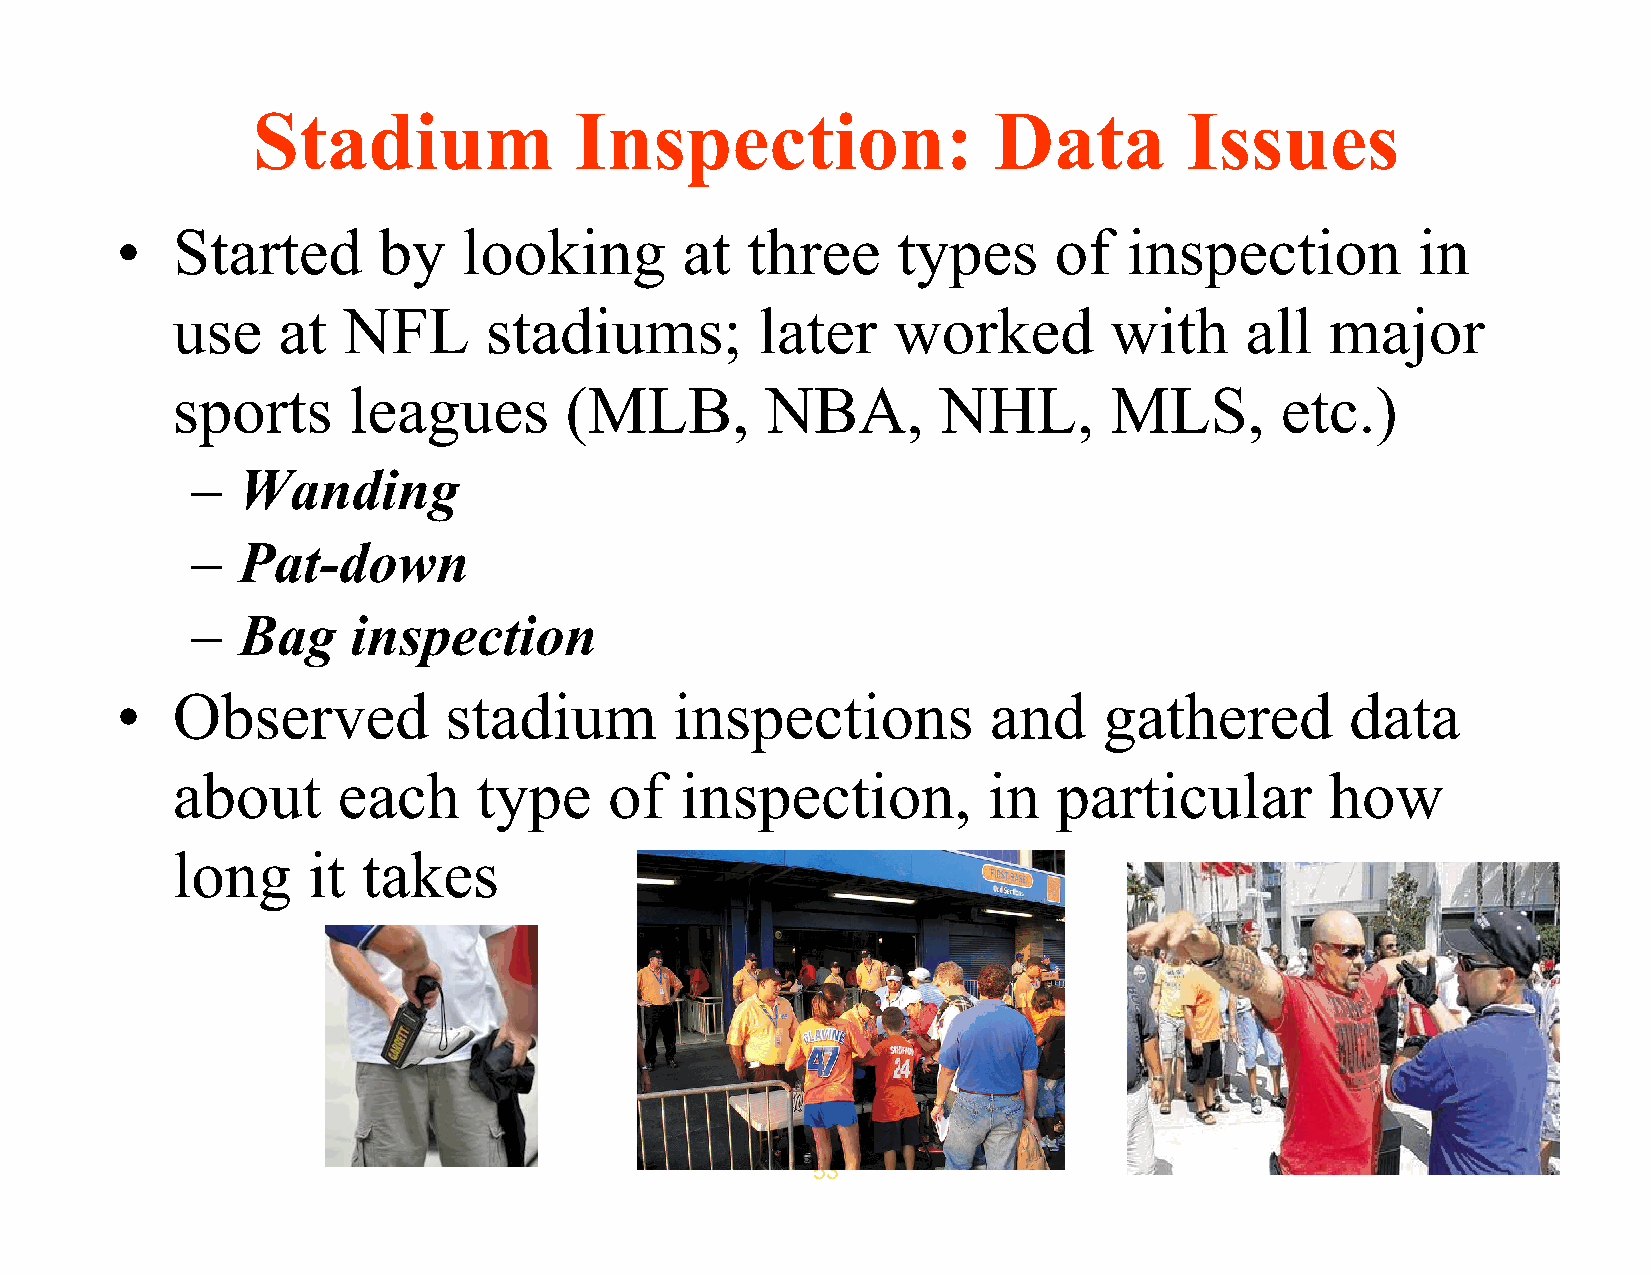
Stadium              Inspection:                 Data        Issues
 •  Started       by    looking       at  three     types      of   inspection         in
 use    at   NFL      stadiums;         later    worked        with     all   major
 sports      leagues       (MLB,         NBA,       NHL,       MLS,        etc.)
 –  Wanding
 –  Pat-down
 –  Bag    inspection
 •  Observed          stadium         inspections          and    gathered        data
 about      each      type    of   inspection,         in   particular        how
 long     it  takes
 53